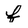
Character: f